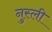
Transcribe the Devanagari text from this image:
नुस्ली